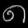
Digit: ၈